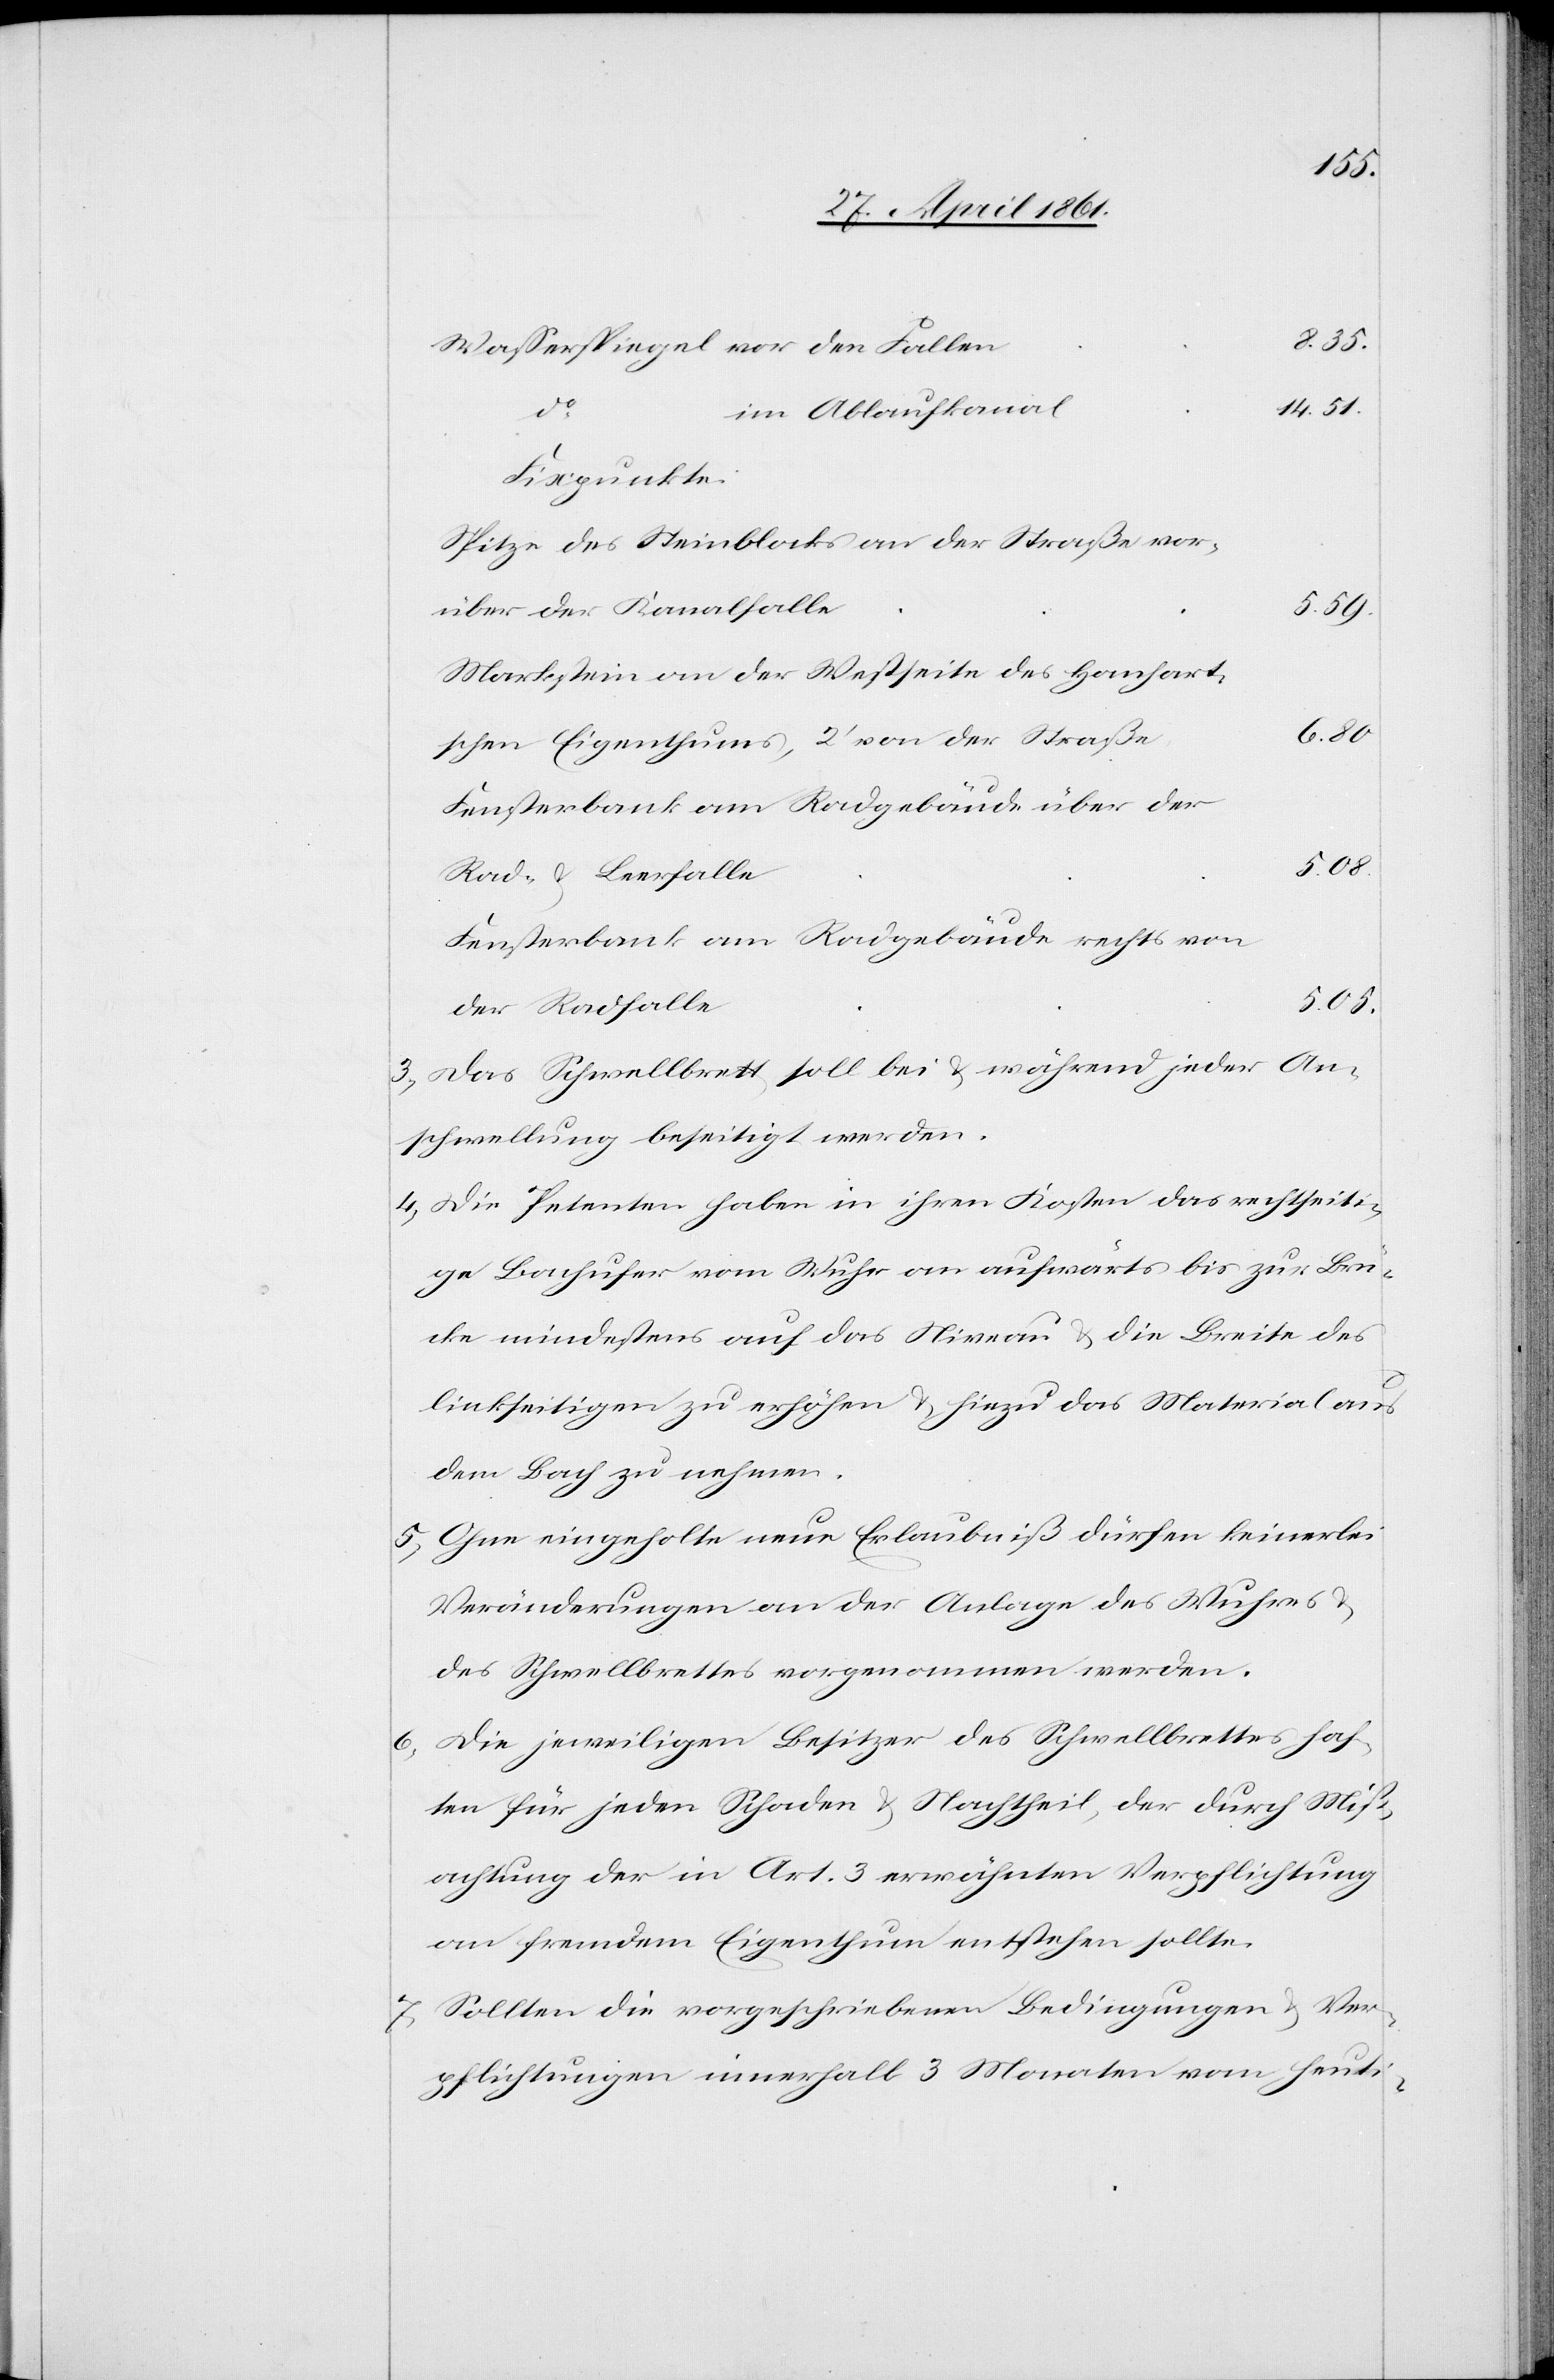
Wasserspiegel vor den Fallen
14. 51
35
im Ablaufkanal
Fixpunkte:
Spitze des Steinblocks an der Straße vor¬
über der Kanalfalle
5. 59
Markstein an der Westseite des Hanhart¬
6. 80
Fensterbank am Radgebäude über der
5. 05
Rad- u. Leerfalle
Fensterbank am Radgebäude rechts von
der Radfalle
3. Das Schwellbrett soll bei u. während jeder An¬
schwellung beseitigt werden.
4. Die Petenten haben in ihren Kosten das rechtseiti¬
ge Bachufer vom Wuhr an aufwärts bis zur Brü¬
cke mindestens auf das Niveau u. die Breite des
linkseitigen zu erhöhen u. hiezu das Material aus
dem Bach zu nehmen.
5. Ohne eingeholte neue Erlaubniß dürfen keinerlei
Veränderungen an der Anlage des Wuhres
des Schwellbrettes vorgenommen werden.
6. Die jeweiligen Besitzer des Schwellbrettes haf¬
ten für jeden Schaden u. Nachtheil, der durch Miß¬
achtung der in Art. 3 erwähnten Verpflichtung
an fremdem Eigenthum entstehen sollte.
7. Sollten die vorgeschriebenen Bedingungen u. Ver¬
pflichtungen innerhalb 3 Monaten vom heuti-